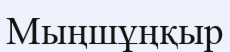
Мыңшұңқыр